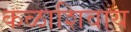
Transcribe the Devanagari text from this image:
कळाशिवाय